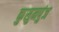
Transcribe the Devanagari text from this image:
कुसुमपुंज